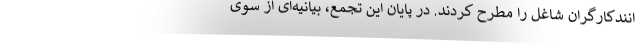
انندکارگران شاغل را مطرح کردند. در پایان این تجمع، بیانیه‌ای از سوی